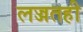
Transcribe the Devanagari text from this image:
लज्जतही